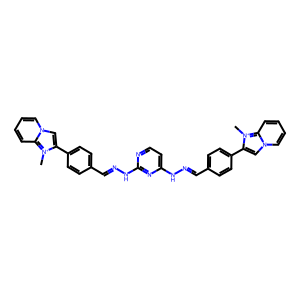
SMILES: C[n+]1c(-c2ccc(C=NNc3ccnc(NN=Cc4ccc(-c5cn6ccccc6[n+]5C)cc4)n3)cc2)cn2ccccc21
Inhibits HIV replication: Yes